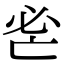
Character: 𢗺